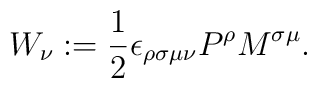
W_{\nu}:=\frac{1}{2}\epsilon_{\rho\sigma\mu\nu}P^{\rho}M^{\sigma\mu}.